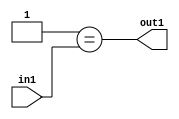
`timescale 1ps / 1ps
/*****************************************************************************
    Verilog RTL Description
    
    
    Created by: Stratus DpOpt 2019.1.01 
*******************************************************************************/

module cache_Eqi1u8_4_0 (
	in1,
	out1
	); /* architecture "behavioural" */ 
input [7:0] in1;
output  out1;
wire  asc001;

assign asc001 = (13'B0000000000001==in1);

assign out1 = asc001;
endmodule

/* CADENCE  urX0SQs= : u9/ySgnWtBlWxVPRXgAZ4Og= ** DO NOT EDIT THIS LINE ******/